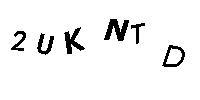
2UKNTD